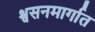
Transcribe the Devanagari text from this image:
श्वसनमार्गात